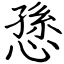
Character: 愻